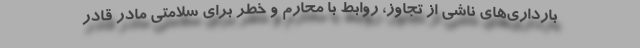
بارداری‌های ناشی از تجاوز، روابط با محارم و خطر برای سلامتی مادر قادر